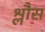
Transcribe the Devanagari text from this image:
श्लौस